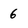
Character: 6